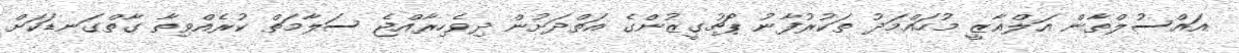
އައްސުލްޠާން އަލްޣާޒީ މުހައްމަދު ތަކުރުފާނު ޕޯޗުގީޒުންގެ އަތްދަށުން ދިވެހިރާއްޖެ ސަލާމަތް ކުރެއްވިތާ ގާތްގަނޑަކަށް